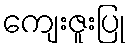
ကျေးဇူးပြု